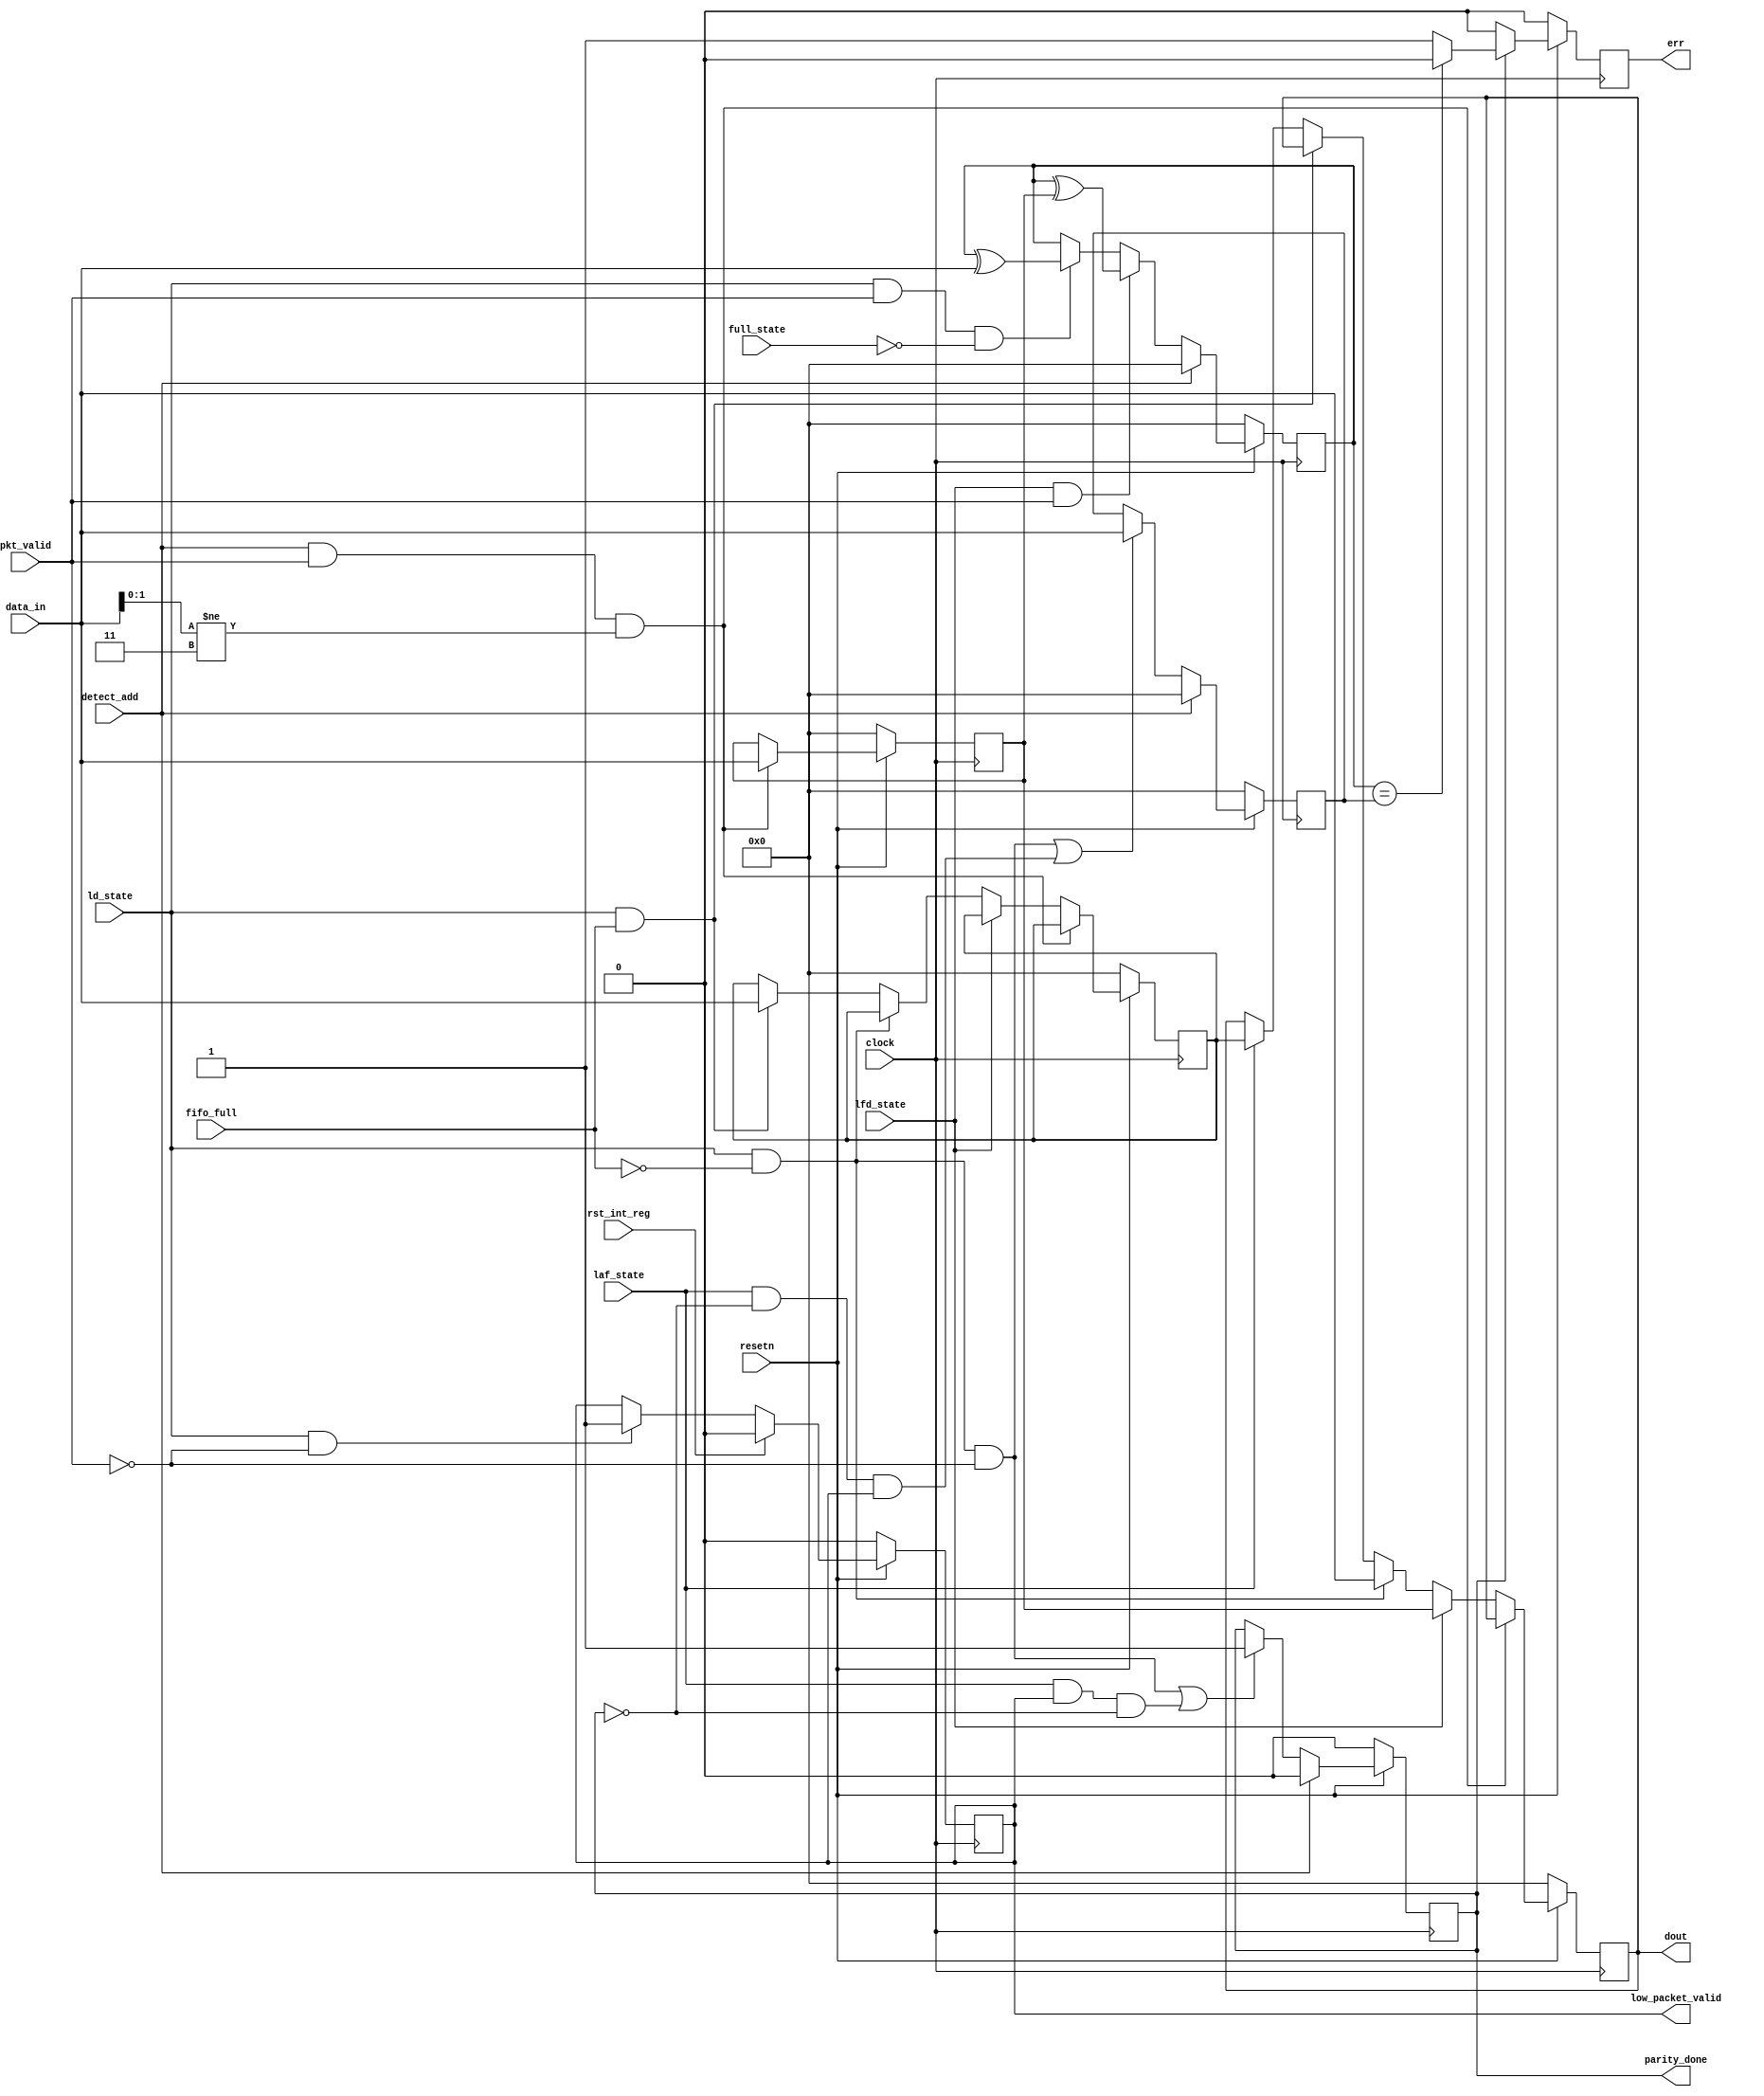
module router_reg(clock,resetn,pkt_valid,data_in,fifo_full,detect_add,
                  ld_state,laf_state,full_state,lfd_state,rst_int_reg,err,
                  parity_done,low_packet_valid,dout);

input clock,resetn,pkt_valid,fifo_full,detect_add,ld_state,laf_state,full_state,lfd_state,rst_int_reg;
input [7:0]data_in;
output reg err,parity_done,low_packet_valid;
output reg [7:0]dout;
reg [7:0]header,int_reg,int_parity,ext_parity;
  
  
  //------------------------------DATA OUT LOGIC---------------------------------

	always@(posedge clock)
   	begin
      if(!resetn)
      	begin
	     dout  <=8'b0;
	     header <=8'b0;
	     int_reg<=8'b0;
       	end
      else if(detect_add && pkt_valid && data_in[1:0]!=2'b11)
	     header<=data_in;
      else if(lfd_state)
	     dout<=header;
      else if(ld_state && !fifo_full)
	     dout<=data_in;
      else if(ld_state && fifo_full)
	     int_reg<=data_in;
      else if(laf_state)
	     dout<=int_reg;
     end

  //---------------------------LOW PACKET VALID LOGIC----------------------------
	
      	always@(posedge clock)
	   		begin
              if(!resetn)
	 				low_packet_valid<=1'b0; 
         		else if(rst_int_reg)
	 				low_packet_valid<=1'b0;

              else if(ld_state && !pkt_valid) 
         			low_packet_valid<=1'b1;
			end
  //----------------------------PARITY DONE LOGIC--------------------------------
	
	always@(posedge clock)
	begin
      if(!resetn)
	  parity_done<=1'b0;
     else if(detect_add)
	  parity_done<=1'b0;
      else if((ld_state && !fifo_full && !pkt_valid)
              ||(laf_state && low_packet_valid && !parity_done))
	  parity_done<=1'b1;
	end

//---------------------------PARITY CALCULATE LOGIC----------------------------

	always@(posedge clock)
	begin
      if(!resetn)
	 int_parity<=8'b0;
	else if(detect_add)
	 int_parity<=8'b0;
	else if(lfd_state && pkt_valid)
	 int_parity<=int_parity^header;
	else if(ld_state && pkt_valid && !full_state)   // full_state kind of fifo_full, when the full_state is high that means fifo is full and there is a data left to be passed to the fifo, so in this case int_parity is calculated like this, but you may consider when full_state is 1 then ld_state is also 1 and vice versa. so, using full_state and ld_state both doesn't make any sense, but in reality there is a one clock pulse difference in between them
	 int_parity<=int_parity^data_in;
	else
	 int_parity<=int_parity;
	end
	 

//-------------------------------ERROR LOGIC-----------------------------------

	always@(posedge clock)
		begin
          if(!resetn)
	  			err<=1'b0;
	      else if(parity_done)
	       		begin
	 				if (int_parity == ext_parity)
	    				err<=1'b0;
	 				else 
	    			err<=1'b1;
	 			end
	 	   else
	    		err<=1'b0;
	      end

//-------------------------------EXTERNAL PARITY LOGIC-------------------------

	always@(posedge clock)
	begin
      if(!resetn)
	  		ext_parity<=8'b0;
      else if(detect_add)
	  		ext_parity<=8'b0;
      else if((ld_state && !fifo_full && !pkt_valid) || (laf_state && !parity_done && low_packet_valid))
	  		ext_parity<=data_in;
	 end

endmodule



// //******************** test bench ******************************

// module router_reg_tb();

// reg clock,resetn,pkt_valid,fifo_full,detect_add,ld_state,laf_state,full_state,lfd_state,rst_int_reg;
// reg [7:0]data_in;
// wire err,parity_done,low_packet_valid;
// wire [7:0]dout;
// integer i;
// parameter cycle=10;


// router_reg DUT(clock,resetn,pkt_valid,data_in,fifo_full,detect_add,ld_state,laf_state,full_state,lfd_state,rst_int_reg,err,parity_done,low_packet_valid,dout);

// initial
// begin
//   clock=1'b0;
//   forever #(cycle/2) clock=~clock;
// end

// task rst();
//   begin
//     @(negedge clock)
//     resetn=1'b0;
//     @(negedge clock)
//     resetn=1'b1;
//   end
// endtask

// task initialize();
//   begin
//    pkt_valid<=1'b0;
//    fifo_full<=1'b0;
//    detect_add<=1'b0;
//    ld_state<=1'b0;
//    laf_state<=1'b0;
//    full_state<=1'b0;
//    lfd_state<=1'b0;
//    rst_int_reg<=1'b0;
//   end
// endtask

// task good_pkt_gen_reg;

// reg[7:0]payload_data,parity1,header1;
// reg[5:0]payload_len;
// reg[1:0]addr;

// begin
//  @(negedge clock)
//  payload_len=6'd5;
//  addr=2'b10;
//  pkt_valid=1;
//  detect_add=1;
//  header1={payload_len,addr};
//  parity1=0^header1;
//  data_in=header1;
//  @(negedge clock);
//  detect_add=0;
//  lfd_state=1;
//  full_state=0;
//  fifo_full=0;
//  laf_state=0;
//  for(i=0;i<payload_len;i=i+1)
//  begin
//  @(negedge clock);
//   lfd_state=0;
//   ld_state=1;
//   payload_data={$random}%256;
//   data_in=payload_data;
//   parity1=parity1^data_in;
//  end
//  @(negedge clock);
//  pkt_valid=0;
//  data_in=parity1;
//  @(negedge clock);
//  ld_state=0;
//  end
//  endtask


// task bad_pkt_gen_reg;

// reg[7:0]payload_data,parity1,header1;
// reg[5:0]payload_len;
// reg[1:0]addr;

// begin
//  @(negedge clock)
//  payload_len=6'd5;
//  addr=2'b10;
//  pkt_valid=1;
//  detect_add=1;
//  header1={payload_len,addr};
//  parity1=0^header1;
//  data_in=header1;
//  @(negedge clock);
//  detect_add=0;
//  lfd_state=1;
//  full_state=0;
//  fifo_full=0;
//  laf_state=0;
//  for(i=0;i<payload_len;i=i+1)
//  begin
//  @(negedge clock);
//   lfd_state=0;
//   ld_state=1;
//   payload_data={$random}%256;
//   data_in=payload_data;
//   parity1=parity1^data_in;
//  end
//  @(negedge clock);
//  pkt_valid=0;
//  data_in=46;
//  @(negedge clock);
//  ld_state=0;
//  end
//  endtask
 
 
//  initial
//  begin
//  rst();
//  initialize();
//  good_pkt_gen_reg;
//  rst();
//  bad_pkt_gen_reg;
//  #20
 
//  $finish;
//  end

 
//  initial
//  begin
//  $dumpfile("router_reg.vcd");
//  $dumpvars();
//  end



//  endmodule